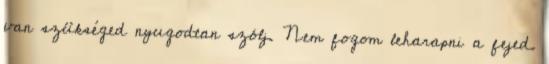
van szükséged nyugodtan szólj. Nem fogom leharapni a fejed.